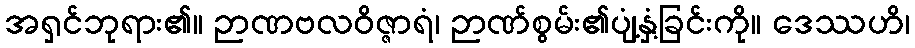
အရှင်ဘုရား၏။ ဉာဏဗလဝိဇ္ဇာရံ၊ ဉာဏ်စွမ်း၏ပျံ့နှံ့ခြင်းကို။ ဒေဿဟိ၊